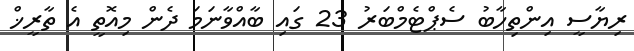
ރިޔާސީ އިންތިހާބު ސެޕްޓެމްބަރު 23 ގައި ބާއްވާނަމަ ދެން މިއޮތީ އެ ތާރީޚް